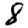
Digit: 8